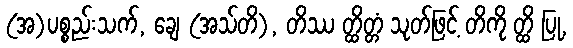
(အ)ပစ္စည်းသက်, ချေ (အသ်တိ), တိဿ တ္ထိတ္တံ သုတ်ဖြင့် တိကို တ္ထိ ပြု,